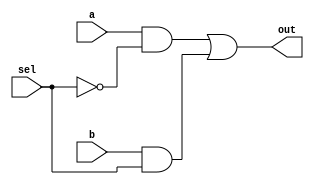
module mux_2x1(a, b, sel, out);
	input a, b, sel;

	output out;

	wire w0, w1;

	and and0(w0, a, ~sel);
	and and1(w1, b, sel);

	or or0(out, w0, w1);
	
endmodule

module TB_mux_2x1();
	reg a, b, sel;
	wire out;

	mux_2x1 mux_2x1(a, b, sel, out);

	initial begin
		sel = 1'b0; a = 1'b0; b = 1'b0; #10; // out = 0
		sel = 1'b0; a = 1'b0; b = 1'b1; #10; // out = 0
		sel = 1'b0; a = 1'b1; b = 1'b0; #10; // out = 1
		sel = 1'b0; a = 1'b1; b = 1'b1; #10; // out = 1
		sel = 1'b1; a = 1'b0; b = 1'b0; #10; // out = 0
		sel = 1'b1; a = 1'b0; b = 1'b1; #10; // out = 1
		sel = 1'b1; a = 1'b1; b = 1'b0; #10; // out = 0
		sel = 1'b1; a = 1'b1; b = 1'b1; #10; // out = 1
	end
endmodule